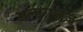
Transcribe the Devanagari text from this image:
अल्ट्रालूज